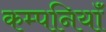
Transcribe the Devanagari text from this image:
कम्पनियॉं